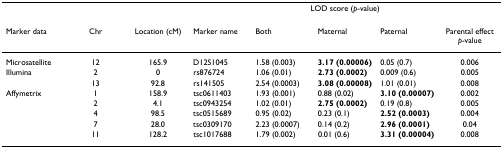
<table><thead><tr><td></td><td></td><td></td><td></td><td colspan="3"><b>LOD score (<i>p</i>-value)</b></td><td></td></tr><tr><td><b>Marker data</b></td><td><b>Chr</b></td><td><b>Location (cM)</b></td><td><b>Marker name</b></td><td><b>Both</b></td><td><b>Maternal</b></td><td><b>Paternal</b></td><td><b>Parental effect <i>p</i>-value</b></td></tr></thead><tbody><tr><td>Microsatellite</td><td>12</td><td>165.9</td><td>D12S1045</td><td>1.58 (0.003)</td><td><b>3.17 (0.00006)</b></td><td>0.05 (0.7)</td><td>0.006</td></tr><tr><td>Illumina</td><td>2</td><td>0</td><td>rs876724</td><td>1.06 (0.01)</td><td><b>2.73 (0.0002)</b></td><td>0.009 (0.6)</td><td>0.005</td></tr><tr><td></td><td>13</td><td>92.8</td><td>rs141505</td><td>2.54 (0.0003)</td><td><b>3.08 (0.00008)</b></td><td>1.01 (0.01)</td><td>0.008</td></tr><tr><td>Affymetrix</td><td>1</td><td>158.9</td><td>tsc0611403</td><td>1.93 (0.001)</td><td>0.88 (0.02)</td><td><b>3.10 (0.00007)</b></td><td>0.002</td></tr><tr><td></td><td>2</td><td>4.1</td><td>tsc0943254</td><td>1.02 (0.01)</td><td><b>2.75 (0.0002)</b></td><td>0.19 (0.8)</td><td>0.005</td></tr><tr><td></td><td>4</td><td>98.5</td><td>tsc0515689</td><td>0.95 (0.02)</td><td>0.23 (0.1)</td><td><b>2.52 (0.0003)</b></td><td>0.004</td></tr><tr><td></td><td>7</td><td>28.0</td><td>tsc0309170</td><td>2.23 (0.0007)</td><td>0.14 (0.2)</td><td><b>2.96 (0.0001)</b></td><td>0.04</td></tr><tr><td></td><td>11</td><td>128.2</td><td>tsc1017688</td><td>1.79 (0.002)</td><td>0.01 (0.6)</td><td><b>3.31 (0.00004)</b></td><td>0.008</td></tr></tbody></table>